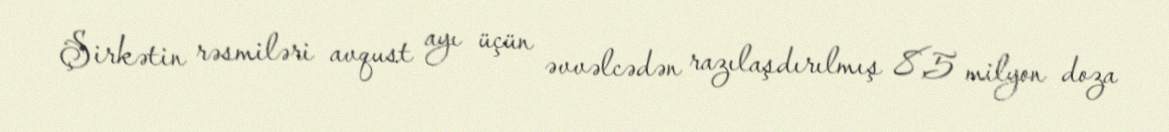
Şirkətin rəsmiləri avqust ayı üçün əvvəlcədən razılaşdırılmış 8,5 milyon doza